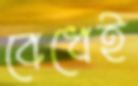
বেধেই